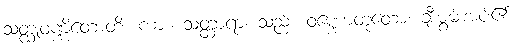
သတ္ထုဝဏ္ဏိတောတိ၊ ကား။ သတ္ထာရာ၊ သည်။ ဝဏ္ဏောတုတော၊ ချီးမွမ်းအပ်၏။